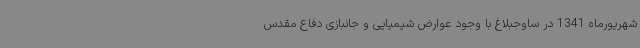
شهریورماه 1341 در ساوجبلاغ با وجود عوارض شیمیایی و جانبازی دفاع مقدس